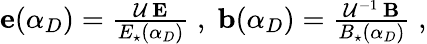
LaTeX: \begin{array}{r}{{\mathbf e}(\alpha_{D})=\frac{{\cal U}\, {\mathbf E}}{E_{\star}(\alpha_{D})}\; ,\; {\mathbf b}(\alpha_{D})=\frac{{\cal U}^{-1}\, {\mathbf B}}{B_{\star}(\alpha_{D})}\; ,}\end{array}